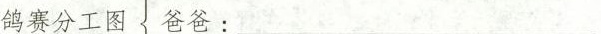
鸽赛分工图 爸爸:____________________